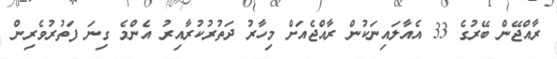
ރާއްޖޭން ބޭރުގެ 33 އެއާލައިނަކުން ރާއްޖެއަށް މިހާރު ދަތުރުކުރާއިރު އެންމެ ގިނަ ފަތުުރުވެރިން